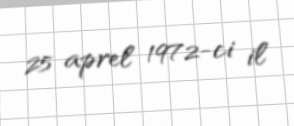
25 aprel 1972-ci il